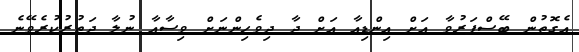
އެގޮތުން ބޭސްފަރުވާ އަށް އިންޑިއާ އަށް ދާ ދިވެހިންނަށް ވިސާއާ ނުލާ ދަތުރުކުރެވޭނެ